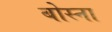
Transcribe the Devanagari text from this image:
बोस्ना